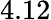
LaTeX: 4.12